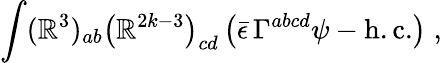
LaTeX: \int(\mathbb{R}^{3})_{ab}\left(\mathbb{R}^{2k-3}\right)_{cd}\left(\bar{{\epsilon}}\, \Gamma^{abcd}\psi-\mathrm{{h.c.}}\right)\; ,